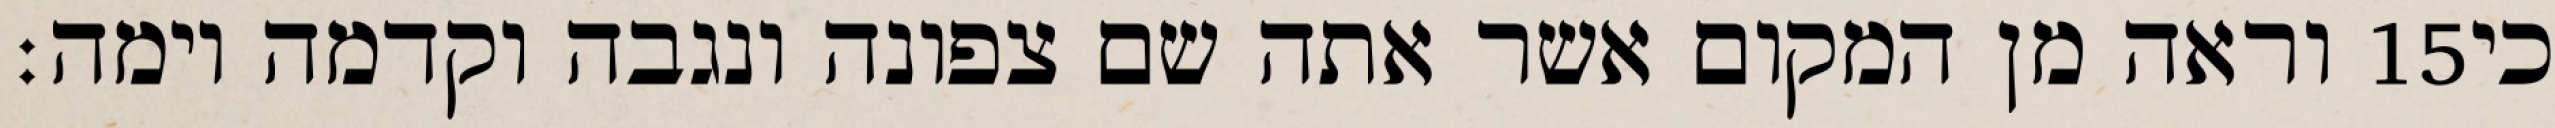
וראה מן המקום אשר אתה שם צפונה ונגבה וקדמה וימה׃ ‎15‏ כי